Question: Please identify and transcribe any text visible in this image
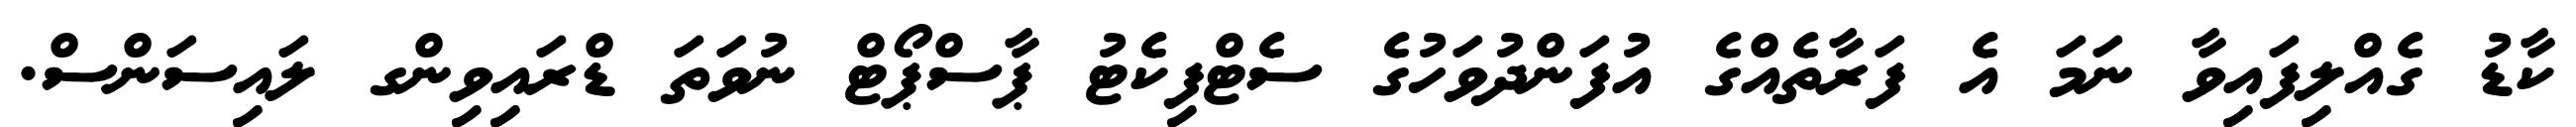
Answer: ކާޑު ގެއްލިފައިވާ ނަމަ އެ ފަރާތެއްގެ އުފަންދުވަހުގެ ސެޓްފިކެޓު ޕާސްޕޯޓް ނުވަތަ ޑްރައިވިންގ ލައިސަންސް.